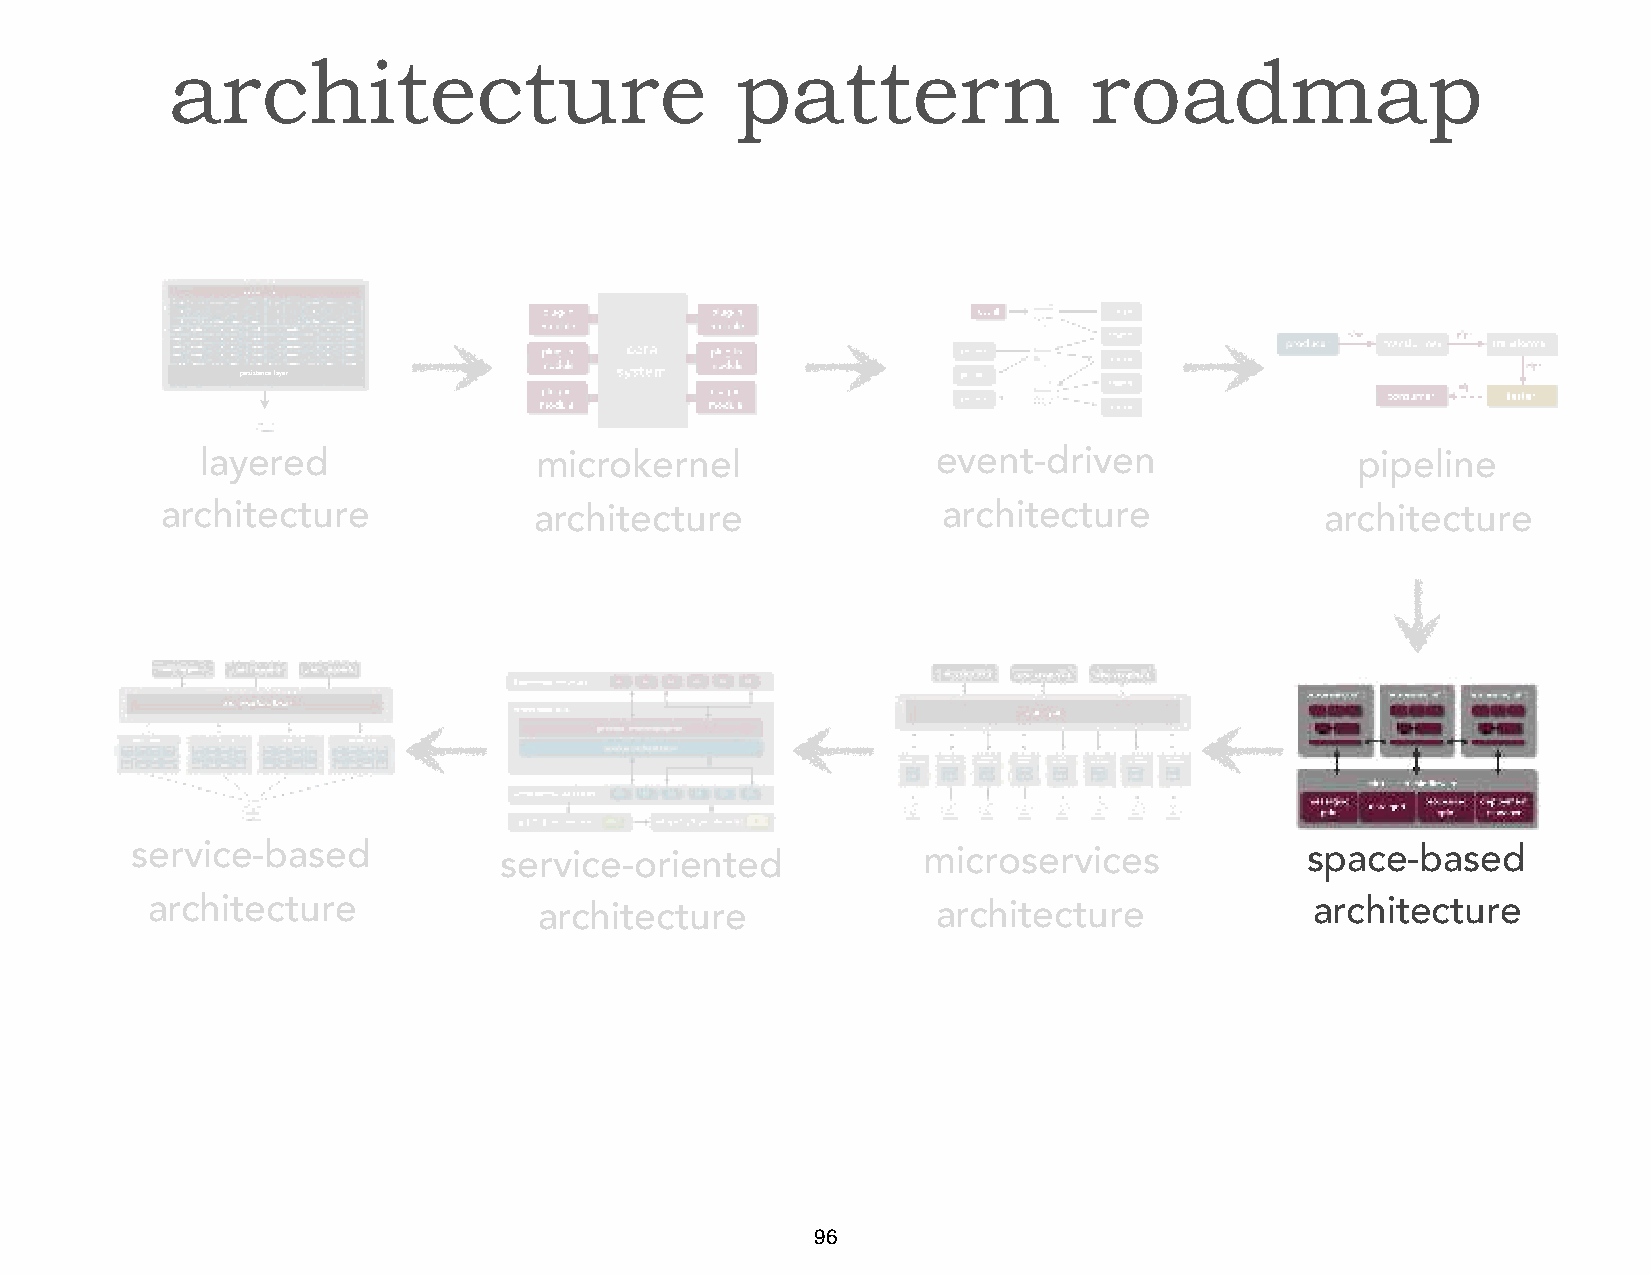
architecture                          pattern                roadmap
 persistence layer
 layered               microkernel                event-driven                pipeline
 architecture            architecture               architecture              architecture
 service-based           service-oriented            microservices            space-based
 architecture              architecture              architecture             architecture
 96